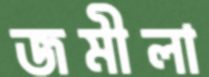
জমীলা